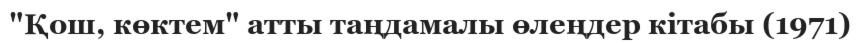
"Қош, көктем" атты таңдамалы өлеңдер кітабы (1971)